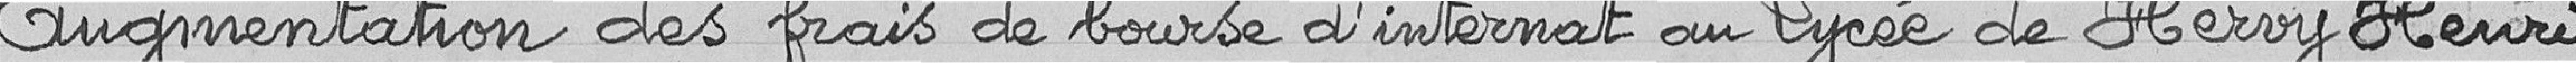
Augmentation des frais de bourse d'internat au Lycée  de Hervy Henri